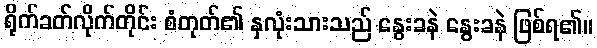
ရိုက်ခတ်လိုက်တိုင်း စံတုတ်၏ နှလုံးသားသည် နွေးခနဲ နွေးခနဲ ဖြစ်ရ၏။